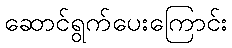
ဆောင်ရွက်ပေးကြောင်း